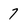
Character: 7